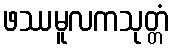
ဖဿမူလကသုတ္တံ